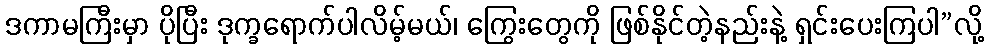
ဒကာမကြီးမှာ ပိုပြီး ဒုက္ခရောက်ပါလိမ့်မယ်၊ ကြွေးတွေကို ဖြစ်နိုင်တဲ့နည်းနဲ့ ရှင်းပေးကြပါ”လို့